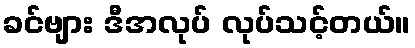
ခင်ဗျား ဒီအလုပ် လုပ်သင့်တယ်။